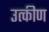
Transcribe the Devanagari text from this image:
उत्कीण